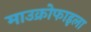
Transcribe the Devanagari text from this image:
माउक्रोफाइला